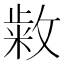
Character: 𭤆